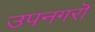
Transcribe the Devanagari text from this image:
उपनगरॊ